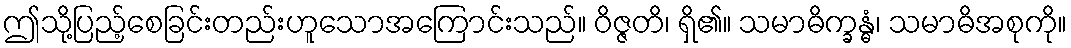
ဤသို့ပြည့်စေခြင်းတည်းဟူသောအကြောင်းသည်။ ဝိဇ္ဇတိ၊ ရှိ၏။ သမာဓိက္ခန္ဓံ၊ သမာဓိအစုကို။